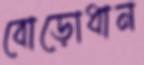
বোড়োধান